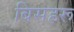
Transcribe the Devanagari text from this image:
बिसहरू